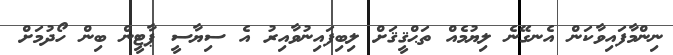
ނިންމާފައިވާކަން އެނގޭނެ ލިޔުމެއް ތަޙްޤީޤަށް ލިބިފައިނުވާއިރު އެ ސިޔާސީ ޕާޓީން ބިން ހޯދުމަށް